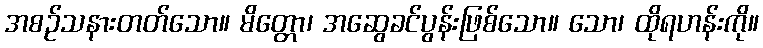
အစဉ်သနားတတ်သော။ မိတ္တော၊ အဆွေခင်ပွန်းဖြစ်သော။ သော၊ ထိုရဟန်းကို။